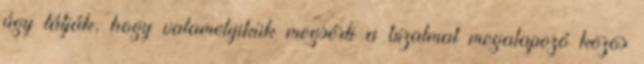
úgy látják, hogy valamelyikük megsérti a bizalmat megalapozó közös